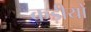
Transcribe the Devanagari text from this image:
कड़ीयों